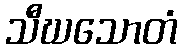
သီဃသောတံ